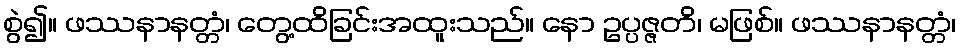
စွဲ၍။ ဖဿနာနတ္တံ၊ တွေ့ထိခြင်းအထူးသည်။ နော ဥပ္ပဇ္ဇတိ၊ မဖြစ်။ ဖဿနာနတ္တံ၊